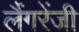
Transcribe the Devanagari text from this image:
लैंगरेंजी